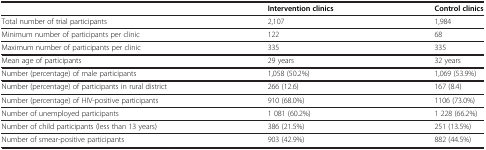
<table><thead><tr><td><b> </b></td><td><b>Intervention clinics</b></td><td><b>Control clinics</b></td></tr></thead><tbody><tr><td>Total number of trial participants</td><td>2,107</td><td>1,984</td></tr><tr><td>Minimum number of participants per clinic</td><td>122</td><td>68</td></tr><tr><td>Maximum number of participants per clinic</td><td>335</td><td>335</td></tr><tr><td>Mean age of participants</td><td>29 years</td><td>32 years</td></tr><tr><td>Number (percentage) of male participants</td><td>1,058 (50.2%)</td><td>1,069 (53.9%)</td></tr><tr><td>Number (percentage) of participants in rural district</td><td>266 (12.6)</td><td>167 (8.4)</td></tr><tr><td>Number (percentage) of HIV-positive participants</td><td>910 (68.0%)</td><td>1106 (73.0%)</td></tr><tr><td>Number of unemployed participants</td><td>1 081 (60.2%)</td><td>1 228 (66.2%)</td></tr><tr><td>Number of child participants (less than 13 years)</td><td>386 (21.5%)</td><td>251 (13.5%)</td></tr><tr><td>Number of smear-positive participants</td><td>903 (42.9%)</td><td>882 (44.5%)</td></tr></tbody></table>